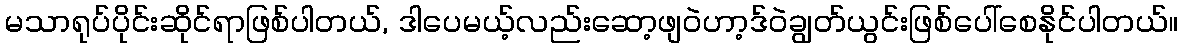
မသာရုပ်ပိုင်းဆိုင်ရာဖြစ်ပါတယ်, ဒါပေမယ့်လည်းဆော့ဖျဝဲဟာ့ဒ်ဝဲချွတ်ယွင်းဖြစ်ပေါ်စေနိုင်ပါတယ်။